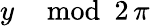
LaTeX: y\mod 2\, \pi